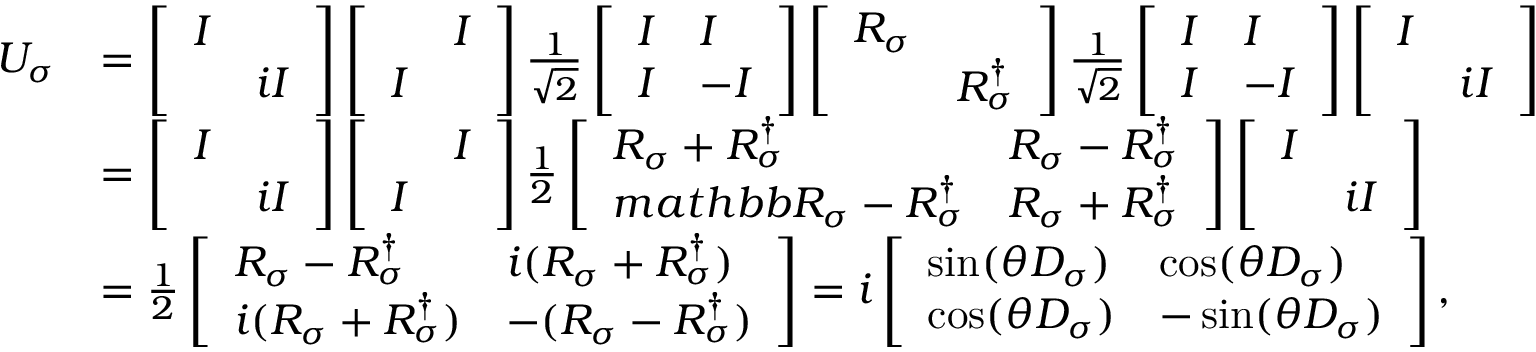
\begin{array} { r l } { U _ { \sigma } } & { = \left[ \begin{array} { l l } { I } & \\ & { i I } \end{array} \right] \left[ \begin{array} { l l } & { I } \\ { I } & \end{array} \right] \frac { 1 } { \sqrt { 2 } } \left[ \begin{array} { l l } { I } & { I } \\ { I } & { - I } \end{array} \right] \left[ \begin{array} { l l } { R _ { \sigma } } & \\ & { R _ { \sigma } ^ { \dag } } \end{array} \right] \frac { 1 } { \sqrt { 2 } } \left[ \begin{array} { l l } { I } & { I } \\ { I } & { - I } \end{array} \right] \left[ \begin{array} { l l } { I } & \\ & { i I } \end{array} \right] } \\ & { = \left[ \begin{array} { l l } { I } & \\ & { i I } \end{array} \right] \left[ \begin{array} { l l } & { I } \\ { I } & \end{array} \right] \frac { 1 } { 2 } \left[ \begin{array} { l l } { R _ { \sigma } + R _ { \sigma } ^ { \dag } } & { R _ { \sigma } - R _ { \sigma } ^ { \dag } } \\ { m a t h b b { R } _ { \sigma } - R _ { \sigma } ^ { \dag } } & { R _ { \sigma } + R _ { \sigma } ^ { \dag } } \end{array} \right] \left[ \begin{array} { l l } { I } & \\ & { i I } \end{array} \right] } \\ & { = \frac { 1 } { 2 } \left[ \begin{array} { l l } { R _ { \sigma } - R _ { \sigma } ^ { \dag } } & { i ( R _ { \sigma } + R _ { \sigma } ^ { \dag } ) } \\ { i ( R _ { \sigma } + R _ { \sigma } ^ { \dag } ) } & { - ( R _ { \sigma } - R _ { \sigma } ^ { \dag } ) } \end{array} \right] = i \left[ \begin{array} { l l } { \sin ( \theta D _ { \sigma } ) } & { \cos ( \theta D _ { \sigma } ) } \\ { \cos ( \theta D _ { \sigma } ) } & { - \sin ( \theta D _ { \sigma } ) } \end{array} \right] , } \end{array}